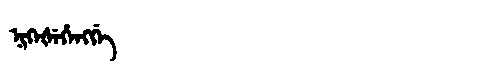
Manchu: ᠨᡳᡴᡝᡧᡝᡥᡝᠩᡤᡝ
Romanization: NIKEŠEHENGGE